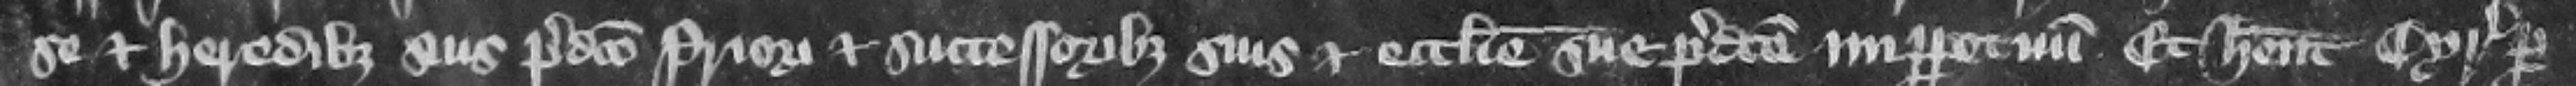
se et heredibus suis predicto priori et successoribus suis et ecclesie sue predicte imperpetuum. Et habent cyrographum per